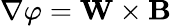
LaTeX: \nabla\varphi=\mathbf{W}\times\mathbf B